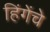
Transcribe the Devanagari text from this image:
हिंगेंचे